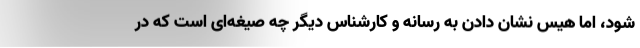
شود، اما هیس نشان دادن به رسانه و کارشناس دیگر چه صیغه‌ای است که در